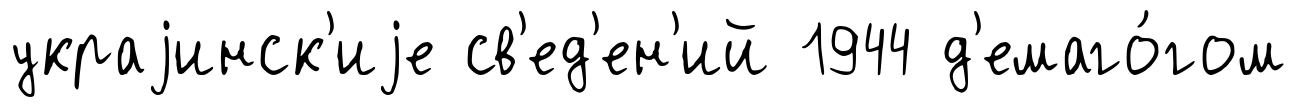
украjинск'иjе св'ед'ен'ий 1944 д'емаго́гом